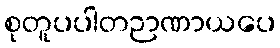
စုတူပပါတဉာဏာယပေ